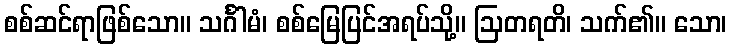
စစ်ဆင်ရာဖြစ်သော။ သင်္ဂါမံ၊ စစ်မြေပြင်အရပ်သို့။ ဩတရတိ၊ သက်၏။ သော၊